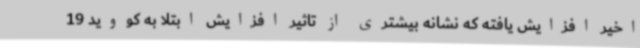
اخیر افزایش یافته که نشانه بیشتری از تاثیر افزایش ابتلا به کووید 19